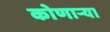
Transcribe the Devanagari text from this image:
कोणार्‍या